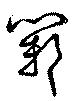
鄴